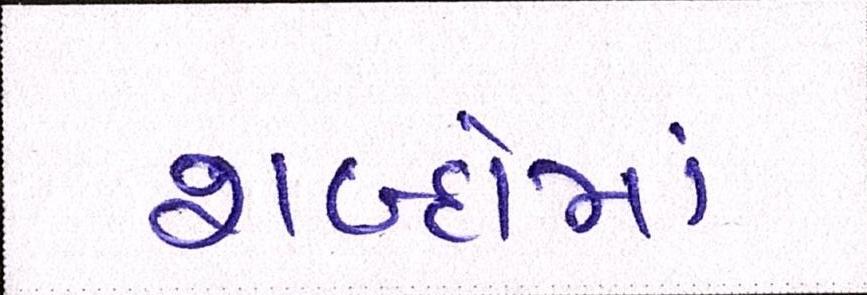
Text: શબ્દોમાં